Report on vaccination in Madras 1877-1894 - 1877-1894
Year: 1877
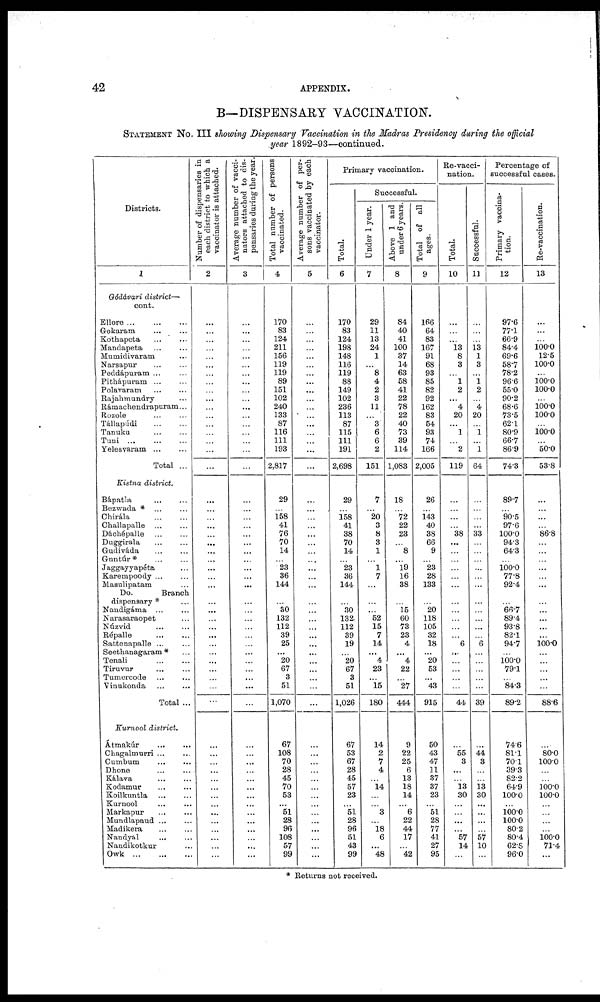
42
APPENDIX.
B—DISPENSARY VACCINATION.
STATEMENT No. III showing Dispensary Vaccination in the Madras Presidency during the official
year 1892-93—continued.
Districts.
1
Gódávari district—
cont.
Ellore...
...
...
Gokaram... ...
Kothapeta... ...
Mandapeta... ...
Mumidivaram...
Narsapur... ...
Peddápuram ... ...
Pithápuram... ...
Polavaram... ...
Rajahmundry...
Rámachendrapuram...
Rozole... ...
Tállapúdi
...
...
Tanuku... ...
Tuni...
...
...
Yelesvaram
...
...
Total...
Kistna district.
Bápatla... ...
Bezwada *... ...
Chirála...
...
Challapalle...
...
Dáchépalle...
...
Duggirala... ...
Gudiváda...
...
Guntúr*...
...
Jaggayyapéta...
Karempoody... ...
Masulipatam...
Do.
Branch
dispensary * ...
Nandigáma...
...
Narasaraopet...
Núzvid...
...
Répalle...
...
Sattenapalle ... ...
Seethanagaram *...
Tenali...
...
Tiruvur... ...
Tumercode...
...
Vinakonda... ...
Total ...
Kurnool district.
Átmakúr... ...
Chagalmurri... ...
Cambum... ...
Dhone...
...
Kálava... ...
Kodamur... ...
Koilkuntla...
...
Kurnool... ...
Markapur... ...
Mundlapaud...
...
Madikera... ...
Nandyal... ...
Nandikotkur...
Owk...
...
...
Number of dispensaries in
each district to which a
vaccinator is attached.
2
...
...
...
...
...
...
...
...
...
...
...
...
...
...
...
...
...
...
...
...
...
...
...
...
...
...
...
...
...
...
...
...
...
...
...
...
...
...
...
...
...
...
...
...
...
...
...
...
...
...
...
...
...
...
Average number of vacci¬
nators attached to dis-
pensaries during the year.
3
...
...
...
...
...
...
...
...
...
...
...
...
...
...
...
...
...
...
...
...
...
...
...
...
...
...
...
...
...
...
...
...
...
...
...
...
...
...
...
...
...
...
...
...
...
...
...
...
...
...
...
...
...
...
Total number of persons
vaccinated.
4
170
83
124
211
156
119
119
89
151
102
240
133
87
116
111
193
2,817
29
...
158
41
76
70
14
...
23
36
144
...
30
132
112
39
25
...
20
67
3
51
1,070
67
108
70
28
45
70
53
...
51
28
96
108
57
99
Average number of per¬
sons vaccinated by each
vaccinator.
5
...
...
...
...
...
...
...
...
...
...
...
...
...
...
...
...
...
...
...
...
...
...
...
...
...
...
...
...
...
...
...
...
...
...
...
...
...
...
...
...
...
...
...
...
...
...
...
...
...
...
...
...
...
Primary vaccination.
Total.
6
170
83
124
198
148
116
119
88
149
102
236
113
87
115
111
191
2,698
29
...
158
41
38
70
14
...
23
36
144
...
30
132
112
39
19
...
20
67
3
51
1,026
67
53
67
28
45
57
23
...
51
28
96
51
43
99
Successful.
Under 1 year.
7
29
11
13
24
1
...
8
4
2
3
11
...
3
6
6
2
151
7
...
20
3
8
3
1
...
1
7
...
...
...
52
15
7
14
...
4
23
...
15
180
14
2
7
4
...
14
...
...
3
...
18
6
...
48
Above 1 and
under 6 years.
8
84
40
41
100
37
14
63
58
41
22
78
22
40
73
39
114
1,083
18
...
72
22
23
...
8
...
19
16
38
...
15
60
73
23
4
...
4
22
...
27
444
9
22
25
6
13
18
14
...
6
22
44
17
...
42
Total of all
ages.
9
166
64
83
167
91
68
93
85
82
92
162
83
54
93
74
166
2,005
26
...
143
40
38
66
9
...
23
28
133
...
20
118
105
32
18
...
20
53
...
43
915
50
43
47
11
37
37
23
...
51
28
77
41
27
95
Re-vacci-
nation.
Total.
10
...
...
...
13
8
3
...
1
2
...
4
20
...
1
...
2
119
...
...
...
...
38
...
...
...
...
...
...
...
...
...
...
...
6
...
...
...
...
...
44
...
55
3
...
...
13
30
...
...
...
...
57
14
...
Successful.
11
...
...
...
13
1
3
...
1
2
...
4
20
...
1
...
1
64
...
...
...
...
33
...
...
...
...
...
...
...
...
...
...
...
6
...
...
...
...
...
39
...
44
3
...
...
13
30
...
...
...
...
57
10
...
Percentage of
successful cases.
Primary vaccina-
tion.
12
97.6
77.1
66.9
84.4
69.6
58.7
78.2
96.6
55.0
90.2
68.6
73.5
62.1
80.9
66.7
86.9
74.3
89.7
...
90.5
97.6
100.0
94.3
64.3
...
100.0
77.8
92.4
...
66.7
89.4
93.8
82.1
94.7
...
100.0 79.1
...
84.3
89.2
74.6
81.1
70.1
39.3
82.2
64.9
100.0
...
100.0
100.0
80.2
80.4
62.8
96.0
Re-vaccination.
13
...
...
...
100.0 12.5
100.0
...
100.0
100.0
...
100.0
100.0
...
100.0
...
50.0
53.8
...
...
...
...
86.8
...
...
...
...
...
...
...
...
...
...
...
100.0
...
...
...
...
...
88.6
...
80.0
100.0
...
...
100.0
100.0
...
...
...
...
100.0
71.4
...
* Returns not received.